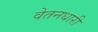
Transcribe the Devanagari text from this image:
वेतनधारी